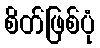
စိတ်ဖြစ်ပုံ